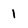
Character: 1